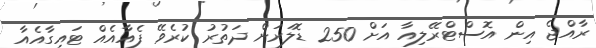
ރާއްޖެ އިން އޮސްޓްރޭލިއާ އަށް 250 ޑޮލަރަށް ދަތުރު ކުރެވޭ ފެއާއެއް ޓައިގާއެއާ